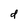
Character: d